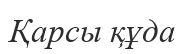
Қарсы құда